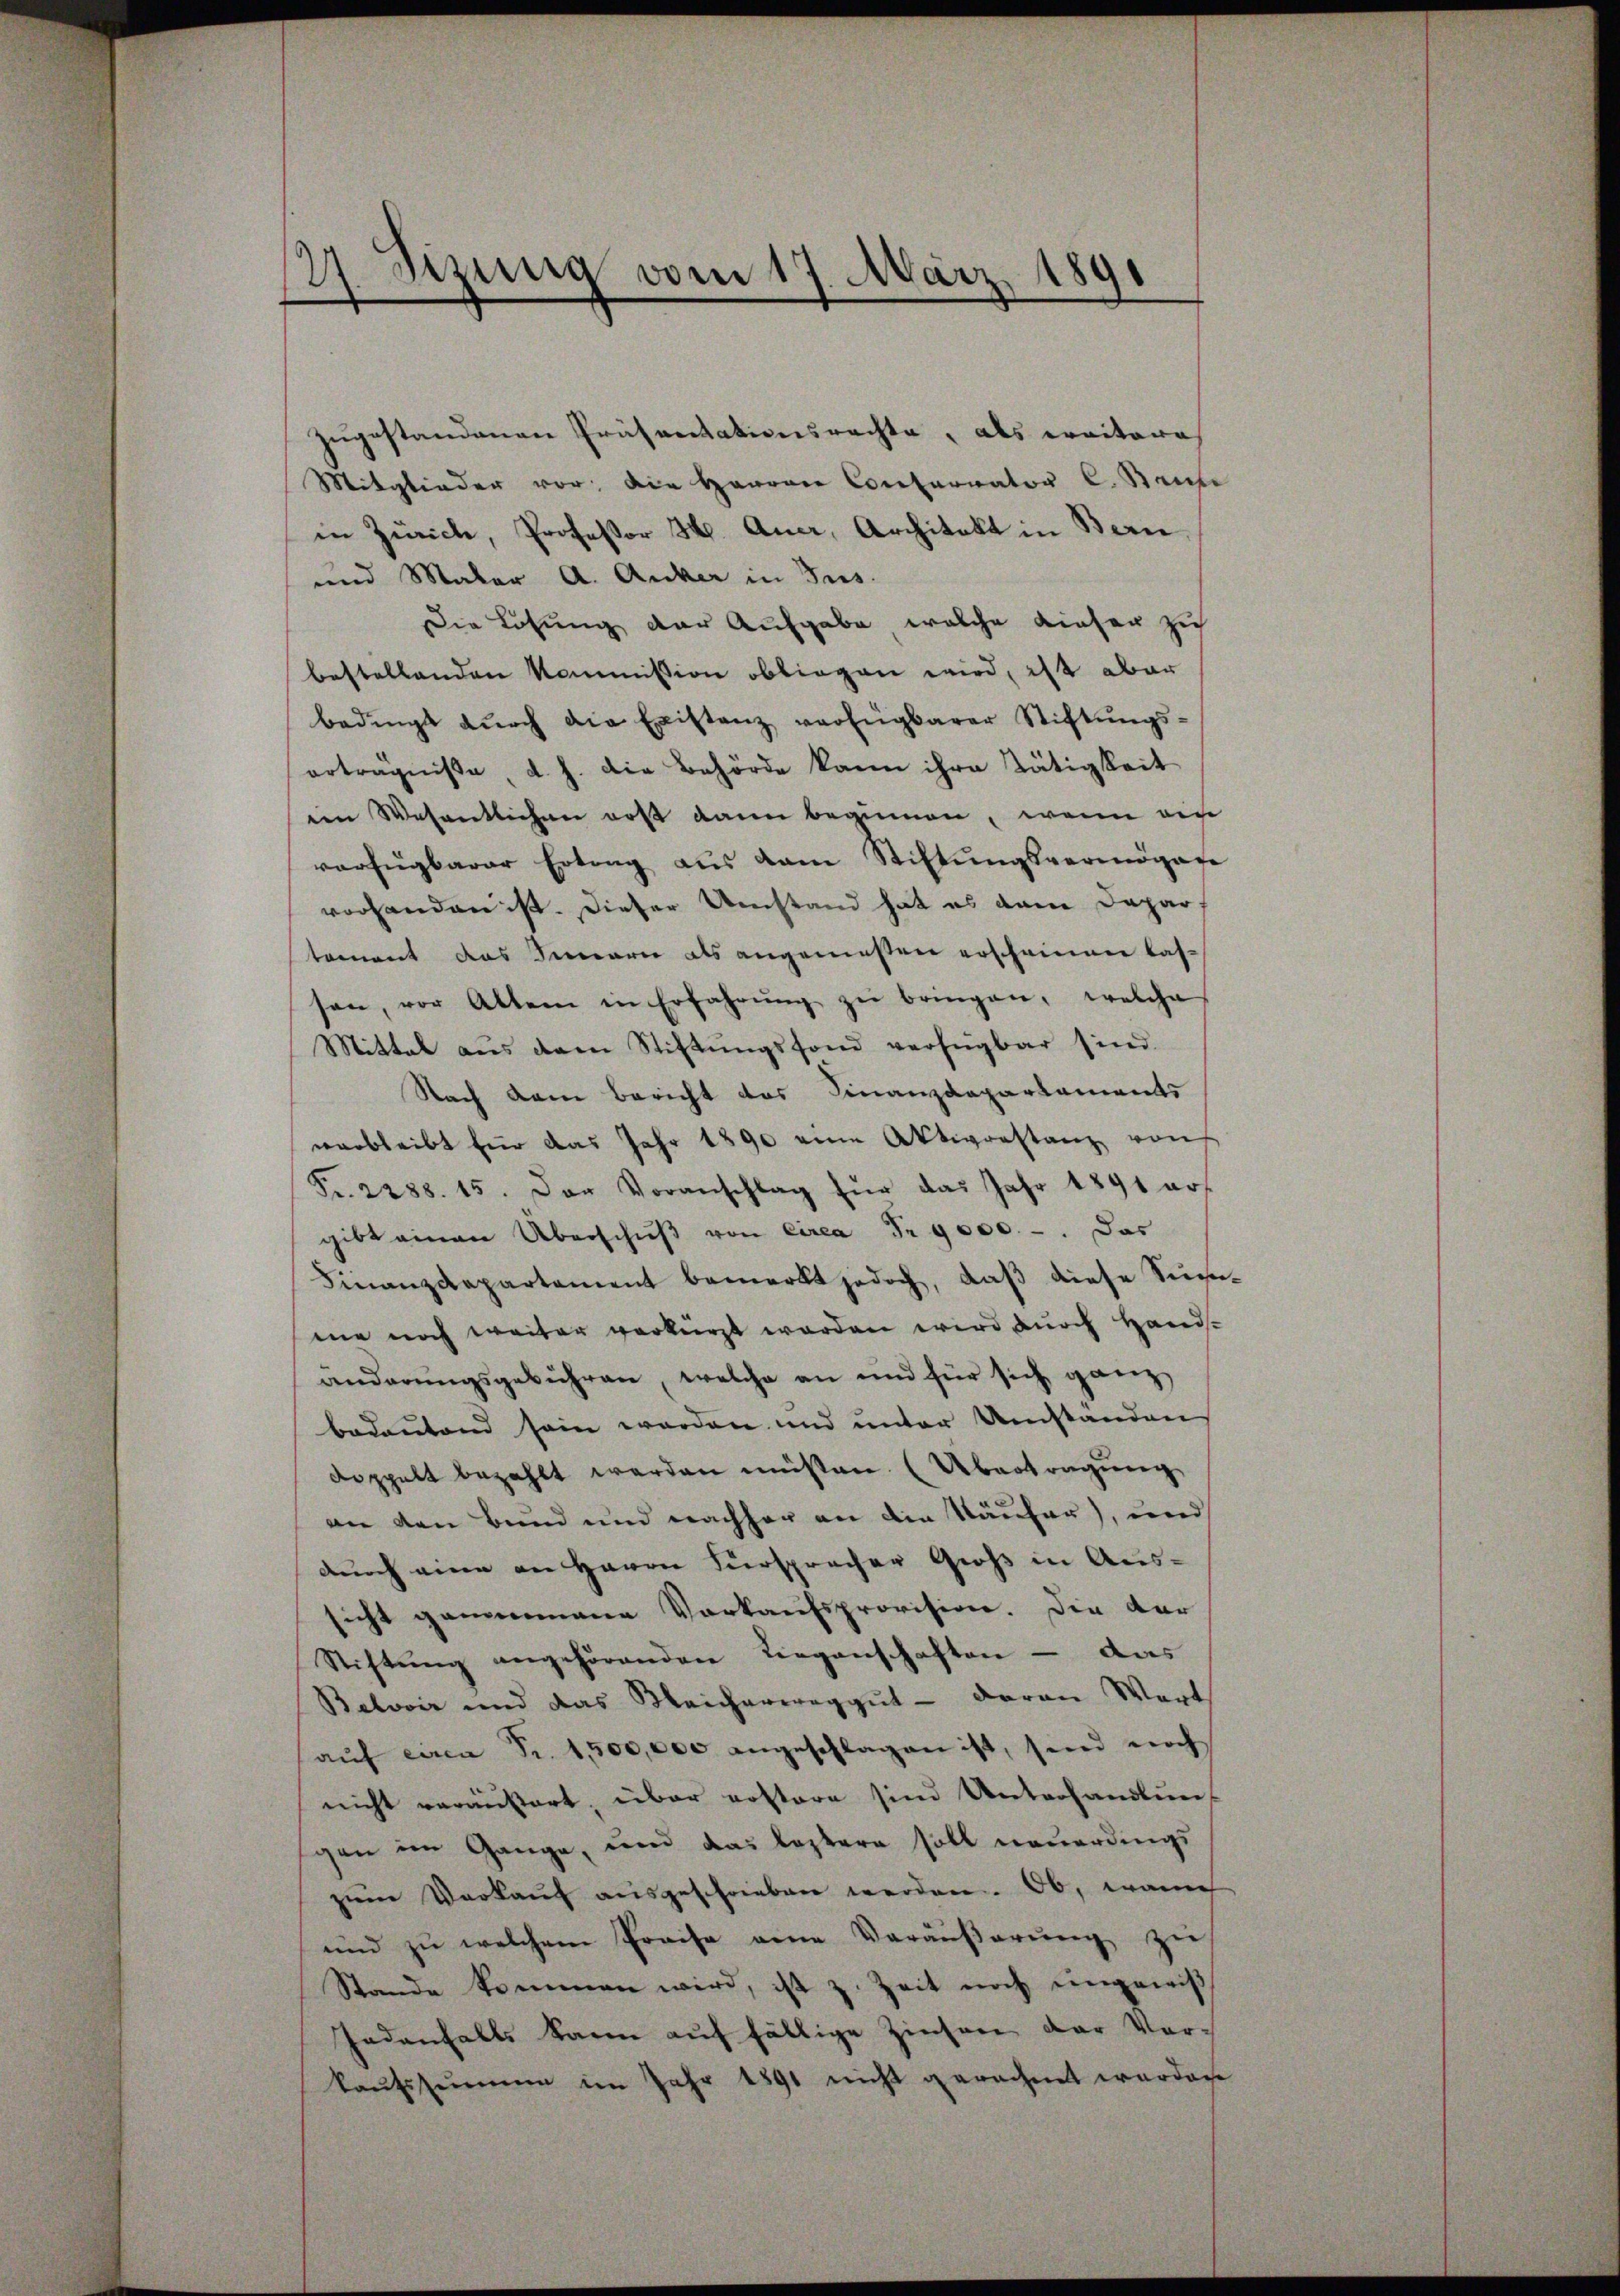
zugestandenen Präsentationsrechte, als weitere
Mitglieder vor, die Herren Conservator C. Baute
in Zürich, Professor H. Aner, Architekt in Bern
und Maler A. Anker in Sus.
Die Lösung der Aufgabe, welche dieser zu
bestellenden Kommission obliegen wird, ist aber
bedingt dŭrch die Existanz verfügbarer Stiftŭngs-
erträgnisse, d. h. die Behörde kann ihre Tätigkeit
en Wesentlichen rost dann beginnen, wenn ein
verfügbarer Ertrag aus dem Stiftŭngsvermögase
vorhanden ist. Dieser Umstand hat es dem Depar
tement das Simari als angemeßen erscheinen lassen, vor Altem in Erfahrŭng zŭ bringen, welche
Mittel aus dem Stiftungsfond verfügbar sind.
Nach dem Bericht des Finanzdepartaments
verbleibt für das Jahr 1890 eine Aktivorstanz von
Fr. 2288. 15. Der Voranschlag für das Jahr 1891 ers
gibt einen Überschŭβ von Circa Fr. 9000.-. Das
Finanzdepartement bemerkt jedoch, daß diese Siege
me noch weiter verkürzt werden wird durch Handsänderŭngsgebühren, welche an und für sich ganz
bedeutend sein werden und unter Umständen
doppelt bezahlt werden müßten. Übertragung
an den Bund und nachher an die Käufer), und
durch eine an Herrn Fürspracher Groß in Aus-
sicht genommene Vorkaufsprovision. Die dar
Stiftŭng angehörenden Liegenschaften - das
Belović und das Meicherweg gut - daran Wort
aŭf cama Fr. 1,500,000 angeschlagen ist, sind noch
nicht veräußert, über erstere sind Unterhandlun-
gen im Gange, und das leztere soll neuerdings
zŭm Verkaŭf aŭsgeschrieben werden. Ob, wan
und zu welchem Preise eine Veräußerung zu
Stande kommen wird, ist z. Zeit noch ungewiß
Jedenfalls kann auf fällige Zinsen der Vor-
kaŭfssummen im Jahr 1891 nicht gerechnet werden

27. Sizung vom 17. März 1891